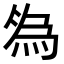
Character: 𬊓